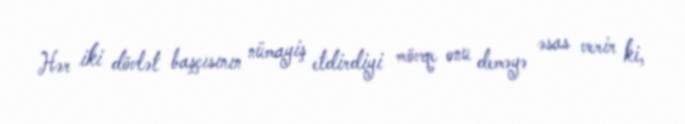
Hər iki dövlət başçısının nümayiş etdirdiyi mövqe onu deməyə əsas verir ki,